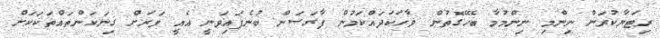
ރިޓަޔާކުރަން ނިންމި ނިންމުމާ ބެހޭގޮތުން ވާހަކަދައްކަމުން ފާގަސަން ބުނެފައިވަނީ އެއީ ވަރަށް ގިނަކަންތައްތަކަކަށް